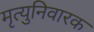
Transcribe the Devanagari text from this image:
मृत्युनिवारक